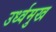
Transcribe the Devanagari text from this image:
उर्ध्वमुख